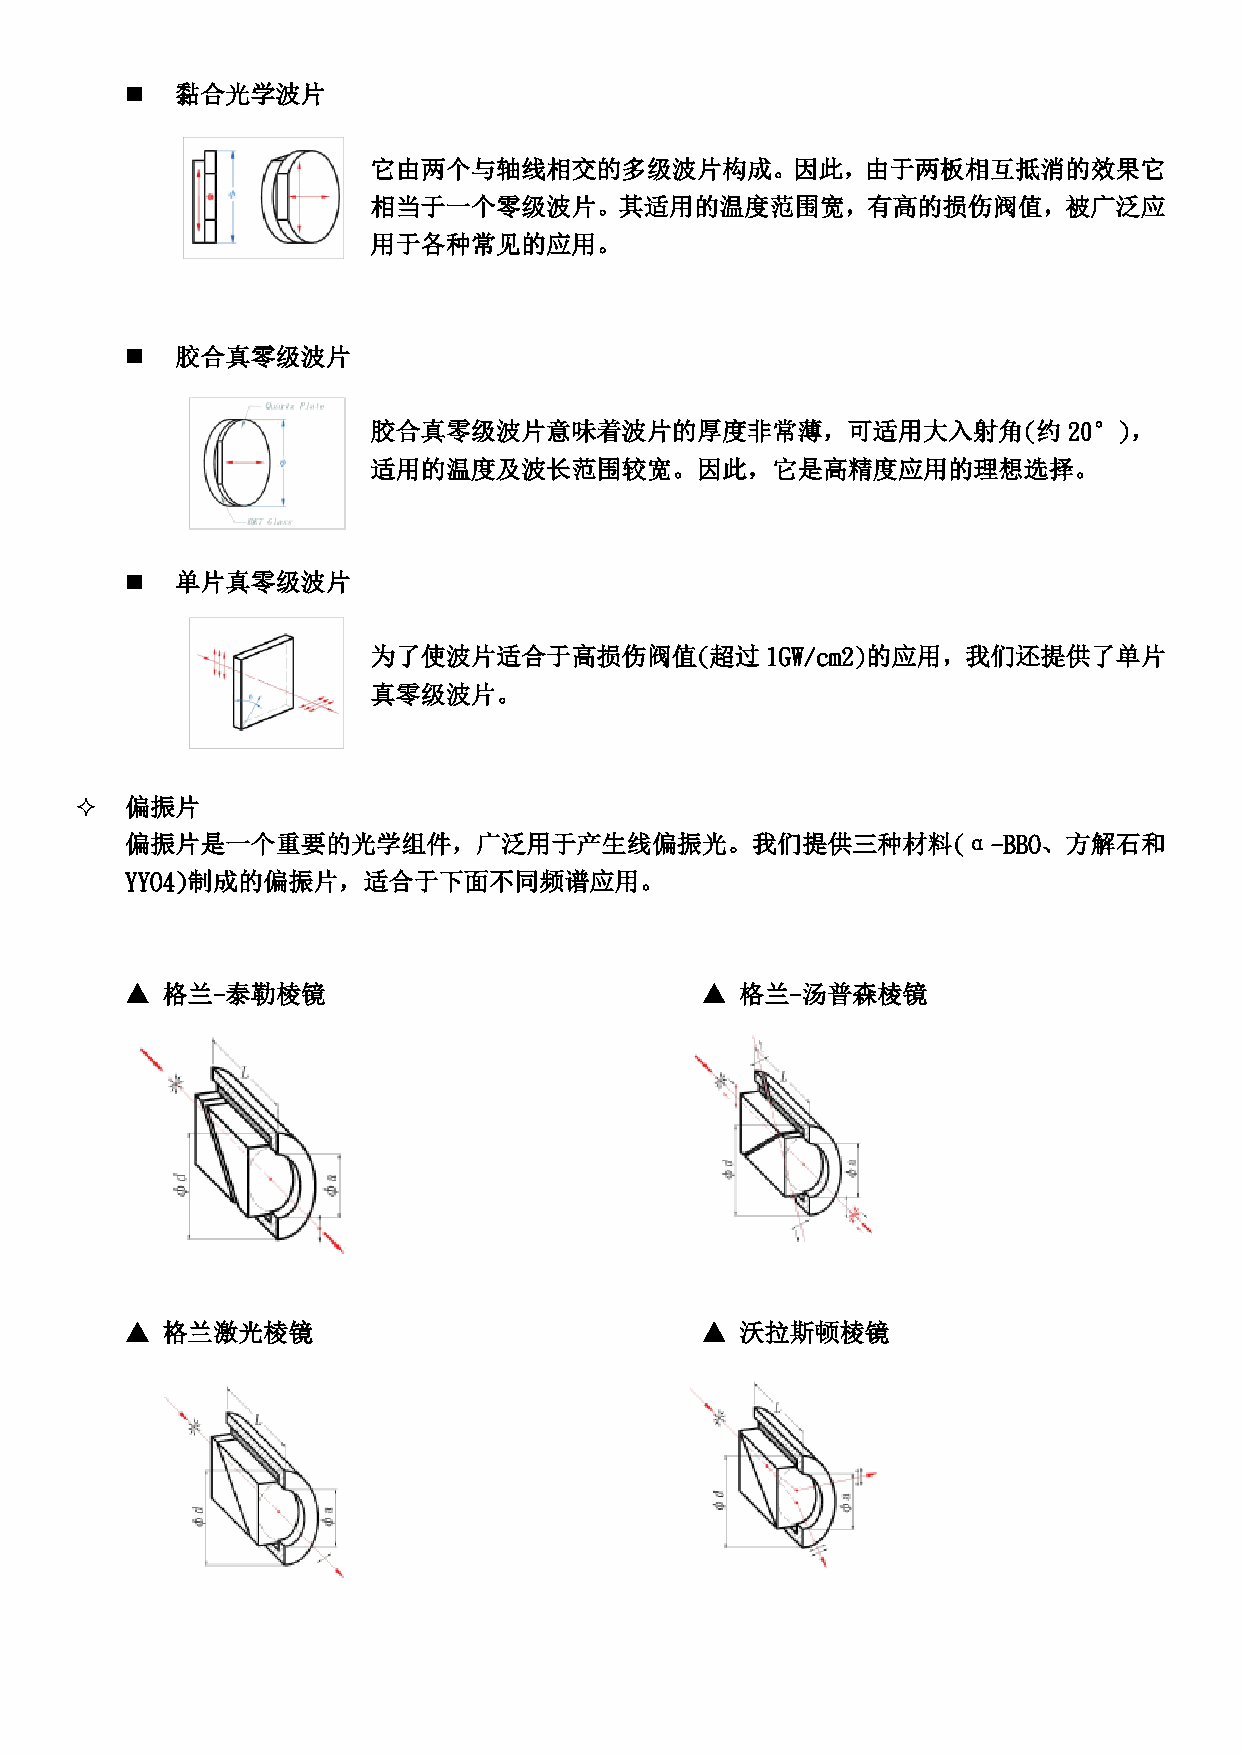
   黏合光学波片
 它由两个与轴线相交的多级波片构成。因此，由于两板相互抵消的效果它
 相当于一个零级波片。其适用的温度范围宽，有高的损伤阀值，被广泛应
 用于各种常见的应用。
    胶合真零级波片
 胶合真零级波片意味着波片的厚度非常薄，可适用大入射角(约20°)，
 适用的温度及波长范围较宽。因此，它是高精度应用的理想选择。
    单片真零级波片
 为了使波片适合于高损伤阀值(超过1GW/cm2)的应用，我们还提供了单片
 真零级波片。
   偏振片
 偏振片是一个重要的光学组件，广泛用于产生线偏振光。我们提供三种材料(α-BBO、方解石和
 YYO4)制成的偏振片，适合于下面不同频谱应用。
 ▲  格兰-泰勒棱镜                            ▲  格兰-汤普森棱镜
 ▲  格兰激光棱镜                             ▲  沃拉斯顿棱镜